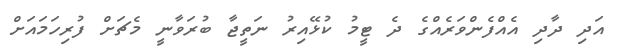
އަދި ދާދި އެއްފެންވަރެއްގެ ދެ ޓީމު ކުޅޭއިރު ނަތީޖާ ބުރަވާނީ މެޗަށް ފުރިހަމައަށް